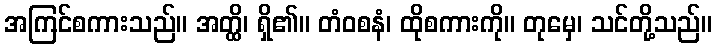
အကြင်စကားသည်။ အတ္ထိ၊ ရှိ၏။ တံဝစနံ၊ ထိုစကားကို။ တုမှေ၊ သင်တို့သည်။